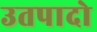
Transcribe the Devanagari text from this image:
उतपादो